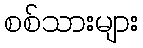
စစ်သားများ